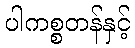
ပါကစ္စတန်နှင့်